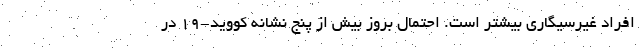
افراد غیرسیگاری بیشتر است. احتمال بروز بیش از پنج نشانه کووید-۱۹ در